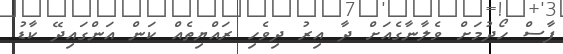
ފާސް ހޯދުމަށް ވެލާނާގެއަށް ދާ އިރު ދިވެހި ރައްޔިތެއް ކަން އަންގައިދޭ ކާޑު